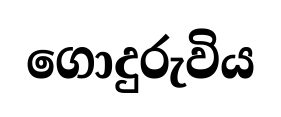
ගොදුරුවිය